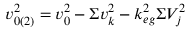
v _ { 0 ( 2 ) } ^ { 2 } = v _ { 0 } ^ { 2 } - \Sigma v _ { k } ^ { 2 } - k _ { e g } ^ { 2 } \Sigma V _ { j } ^ { 2 }